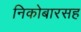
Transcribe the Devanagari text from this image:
निकोबारसह